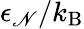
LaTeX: \epsilon_{\mathscr{N}}/k_{\mathrm{{B}}}